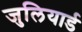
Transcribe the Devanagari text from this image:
जुलियार्ड